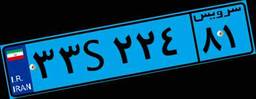
۹۱S۱۱۷۲۵